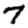
Digit: 7